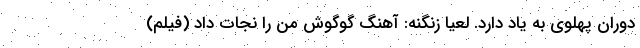
دوران پهلوی به یاد دارد. لعیا زنگنه: آهنگ گوگوش من را نجات داد (فیلم)